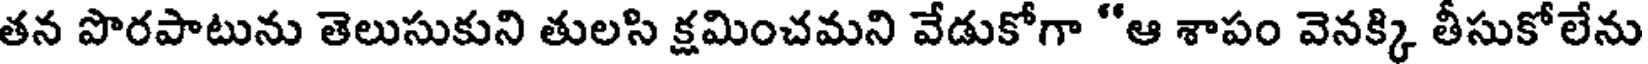
తన పొరపాటును తెలుసుకుని తులసి క్షమించమని వేడుకోగా "ఆ శాపం వెనక్కి తీసుకోలేను